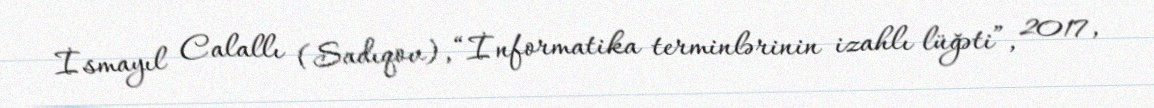
İsmayıl Calallı (Sadıqov), “İnformatika terminlərinin izahlı lüğəti”, 2017,